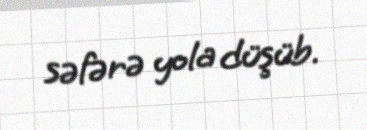
səfərə yola düşüb.